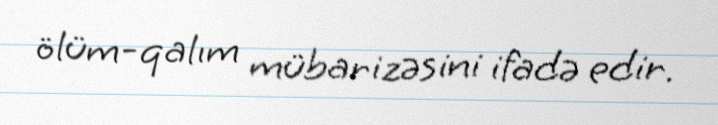
ölüm-qalım mübarizəsini ifadə edir.